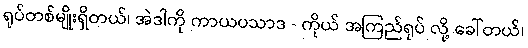
ရုပ်တစ်မျိုးရှိတယ်၊ အဲဒါကို ကာယပသာဒ - ကိုယ် အကြည်ရုပ် လို့ ခေါ်တယ်၊